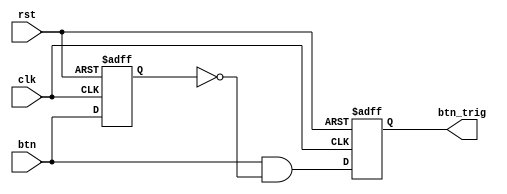
`timescale 1ns / 1ps
//////////////////////////////////////////////////////////////////////////////////
// Company: 
// Engineer: 
// 
// Design Name: 
// Module Name: Oneshot_btn
// Project Name: 
// Target Devices: 
// Tool Versions: 
// Description: 
// 
// Dependencies: 
// 
// Revision:
// Revision 0.01 - File Created
// Additional Comments:
// 
//////////////////////////////////////////////////////////////////////////////////


module Oneshot_btn(clk, rst, btn, btn_trig);

parameter WIDTH = 1;
input clk, rst;
input [WIDTH-1:0] btn;

reg [WIDTH-1:0] btn_reg;

output reg [WIDTH-1:0] btn_trig;

always @(posedge clk or negedge rst) begin
    if(!rst) begin
        btn_reg <= {WIDTH{1'b0}};
        btn_trig <= {WIDTH{1'b0}};
    end
    else begin
        btn_reg <= btn;
        btn_trig <= btn & ~btn_reg;
    end
end

endmodule